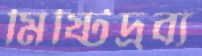
মিষ্টিদ্রব্য